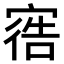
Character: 𫳩